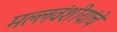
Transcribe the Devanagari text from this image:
मल्लवंशीयांचे